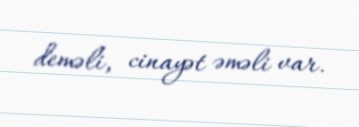
deməli, cinayət əməli var.